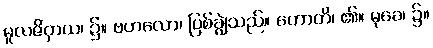
မူလဇိဝှာယ၊ ၌။ ဗဟလော၊ ပြစ်ချွဲသည်။ ဟောတိ၊ ၏။ မုခေ၊ ၌။